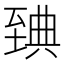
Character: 𦥃